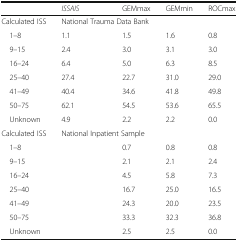
<table><thead><tr><td></td><td><b><i>ISSAIS</i></b></td><td><b>GEMmax</b></td><td><b>GEMmin</b></td><td><b>ROCmax</b></td></tr></thead><tbody><tr><td>Calculated ISS</td><td colspan="4">National Trauma Data Bank</td></tr><tr><td> 1–8</td><td>1.1</td><td>1.5</td><td>1.6</td><td>0.8</td></tr><tr><td> 9–15</td><td>2.4</td><td>3.0</td><td>3.1</td><td>3.0</td></tr><tr><td> 16–24</td><td>6.4</td><td>5.0</td><td>6.3</td><td>8.5</td></tr><tr><td> 25–40</td><td>27.4</td><td>22.7</td><td>31.0</td><td>29.0</td></tr><tr><td> 41–49</td><td>40.4</td><td>34.6</td><td>41.8</td><td>49.8</td></tr><tr><td> 50–75</td><td>62.1</td><td>54.5</td><td>53.6</td><td>65.5</td></tr><tr><td> Unknown</td><td>4.9</td><td>2.2</td><td>2.2</td><td>0.0</td></tr><tr><td>Calculated ISS</td><td colspan="4">National Inpatient Sample</td></tr><tr><td> 1–8</td><td></td><td>0.7</td><td>0.8</td><td>0.8</td></tr><tr><td> 9–15</td><td></td><td>2.1</td><td>2.1</td><td>2.4</td></tr><tr><td> 16–24</td><td></td><td>4.5</td><td>5.8</td><td>7.3</td></tr><tr><td> 25–40</td><td></td><td>16.7</td><td>25.0</td><td>16.5</td></tr><tr><td> 41–49</td><td></td><td>24.3</td><td>20.0</td><td>23.5</td></tr><tr><td> 50–75</td><td></td><td>33.3</td><td>32.3</td><td>36.8</td></tr><tr><td> Unknown</td><td></td><td>2.5</td><td>2.5</td><td>0.0</td></tr></tbody></table>